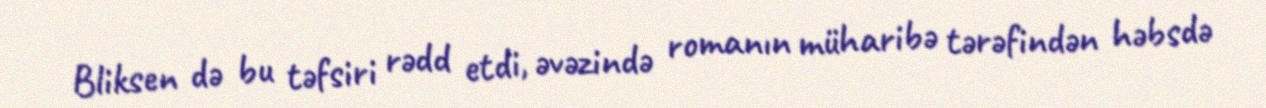
Bliksen də bu təfsiri rədd etdi, əvəzində romanın müharibə tərəfindən həbsdə